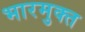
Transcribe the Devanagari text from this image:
भारमुक्त